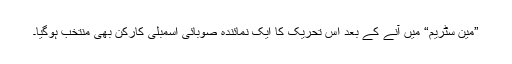
”مین سٹریم“ میں آنے کے بعد اس تحریک کا ایک نمائندہ صوبائی اسمبلی کارکن بھی منتخب ہوگیا۔